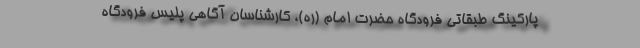
پارکینگ طبقاتی فرودگاه حضرت امام (ره)، کارشناسان آگاهی پلیس فرودگاه